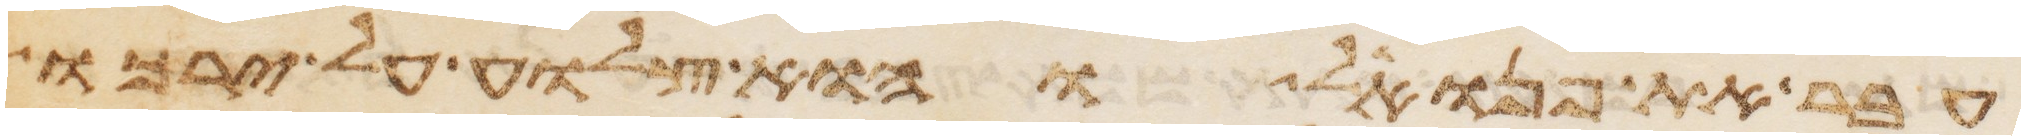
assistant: עבר את פנואל והוא צלוע על ירכו